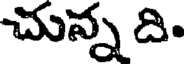
చున్న ది.